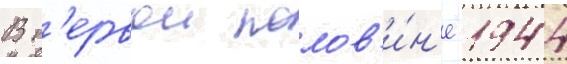
В п'ервои полов'и́н'е 1944